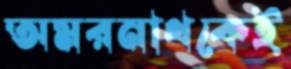
অমরনাথকেই